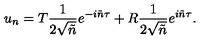
u _ { n } = T \frac { 1 } { 2 \sqrt { \tilde { n } } } e ^ { - i \tilde { n } \tau } + R \frac { 1 } { 2 \sqrt { \tilde { n } } } e ^ { i \tilde { n } \tau } .